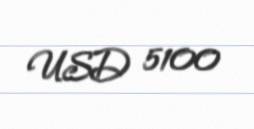
USD 5100